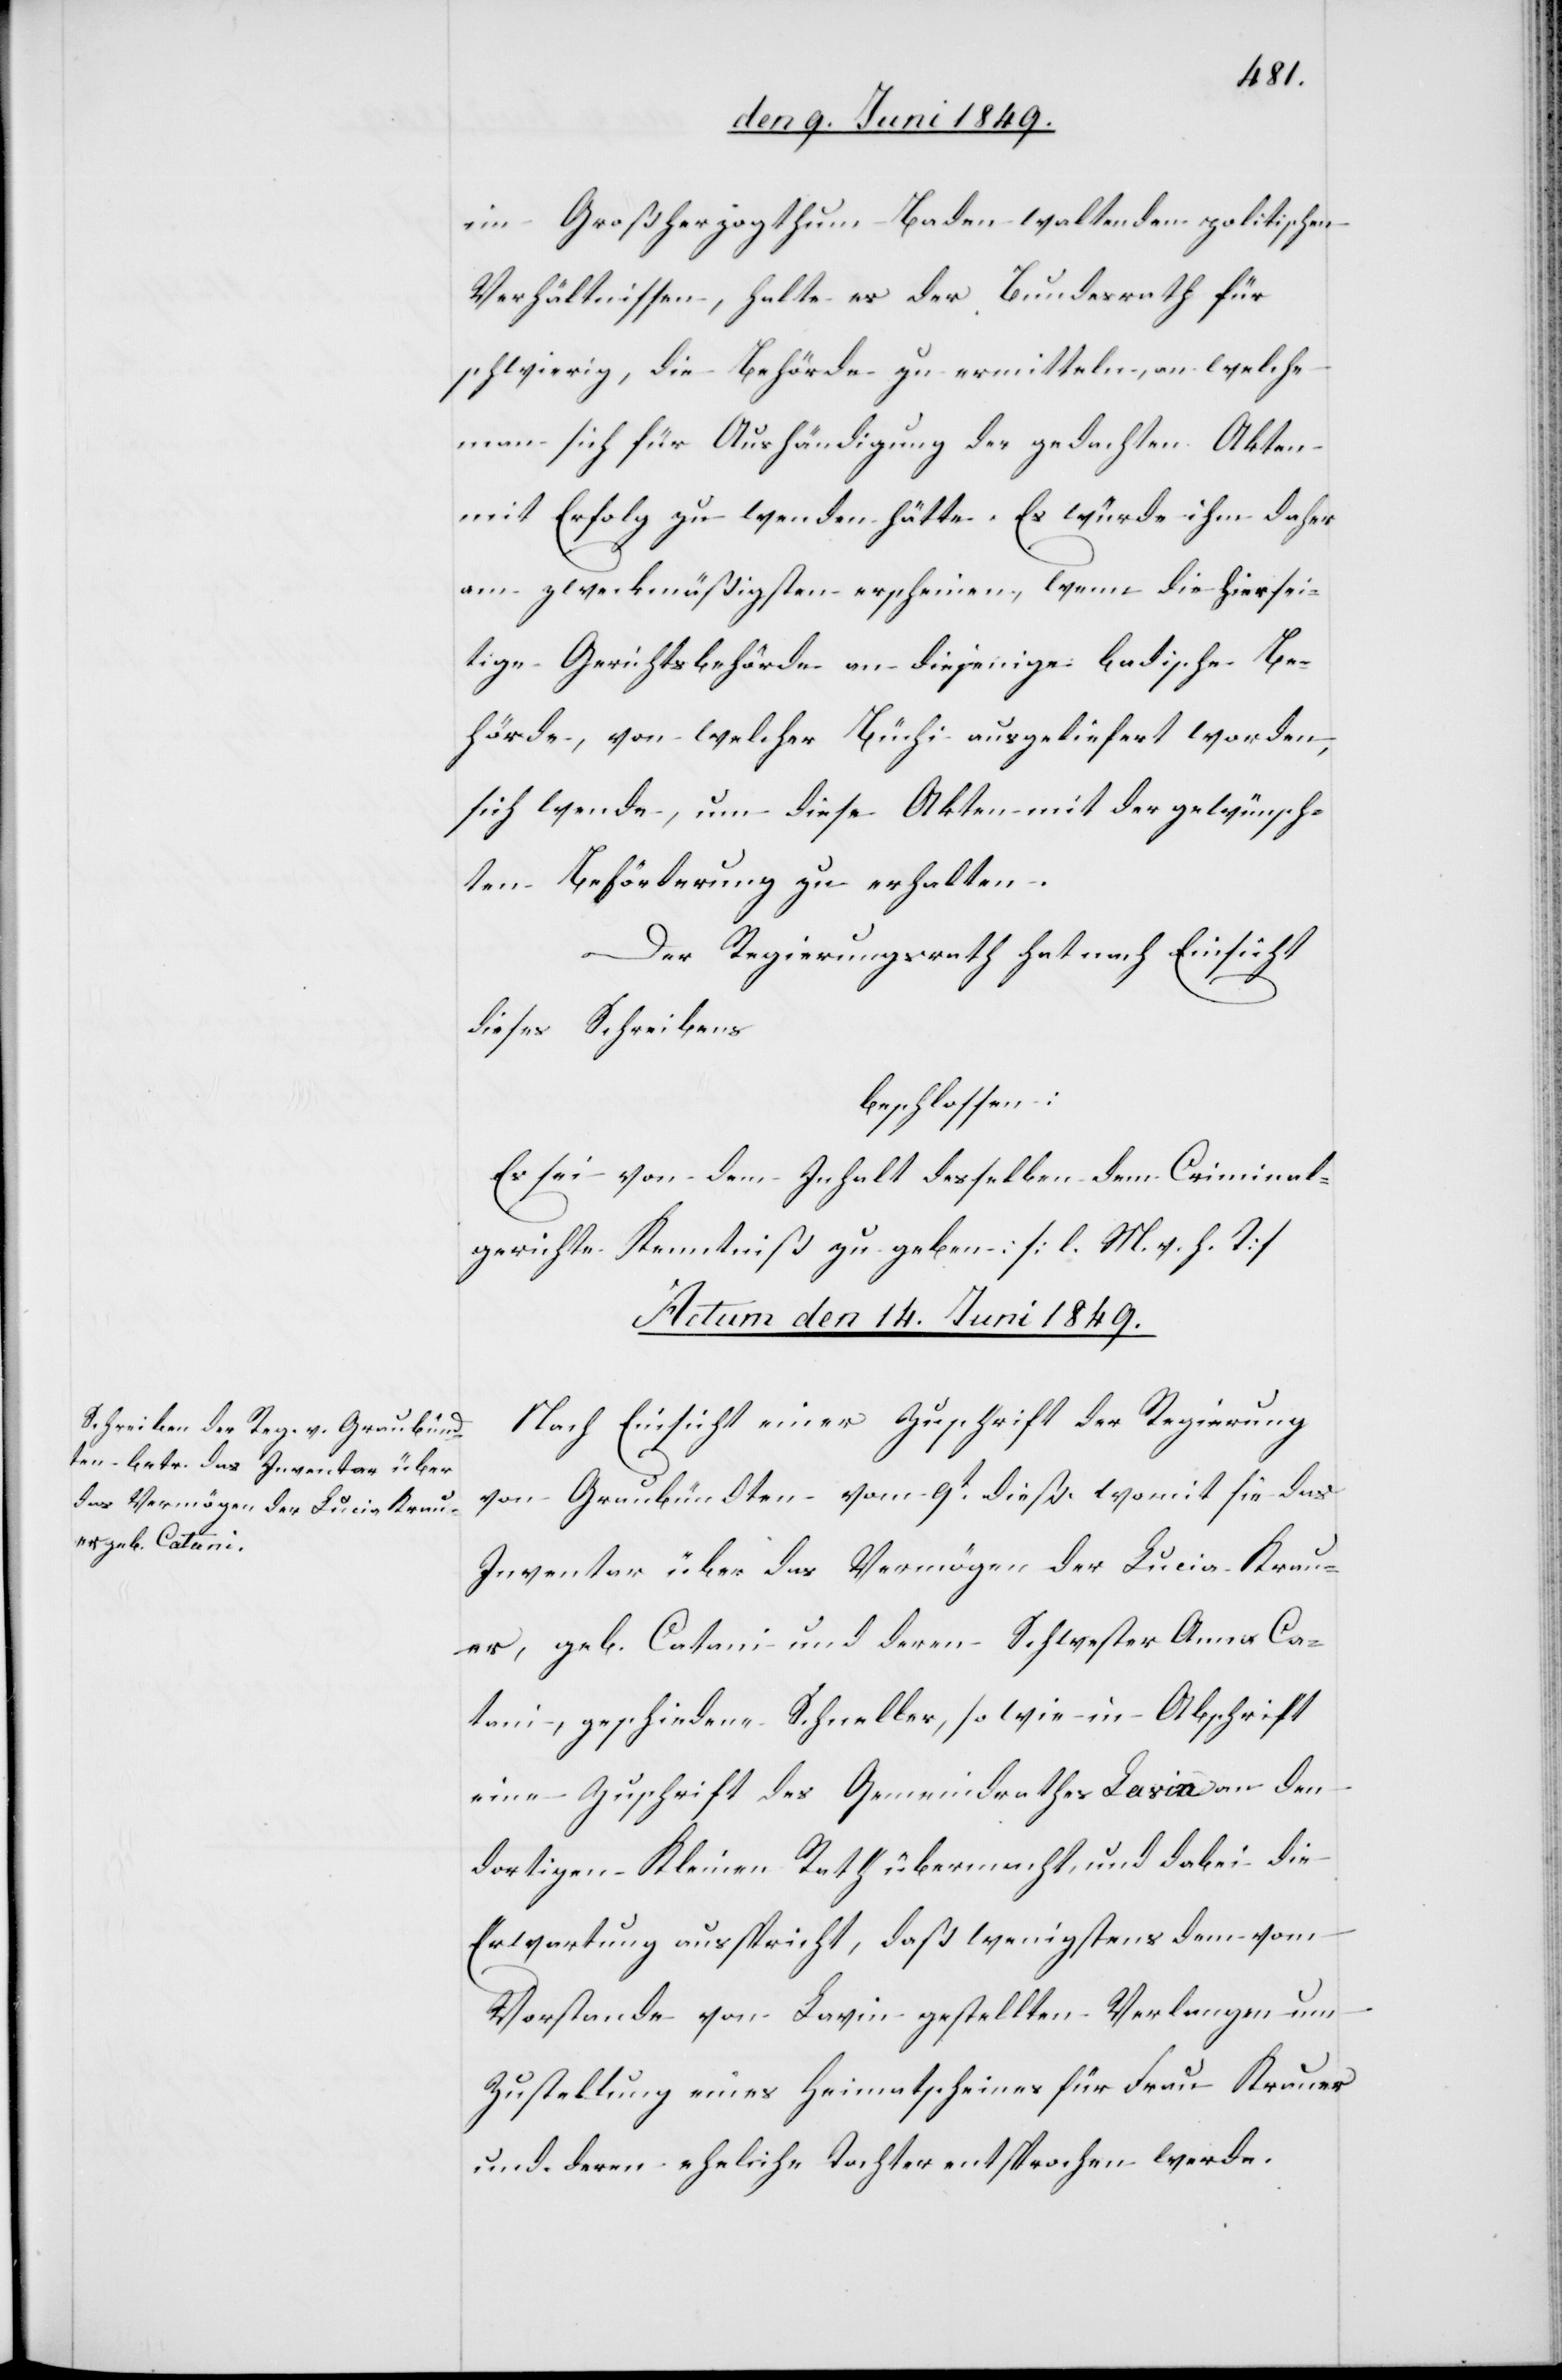
im Großherzogthum Baden waltenden politischen
Verhältnissen, halte es der Bundesrath für
schwierig, die Behörde zu ermitteln, an welche
man sich für Aushändigung der gedachten Akten
mit Erfolg zu wenden hätte. Es würde ihm daher
am zweckmäßigsten erscheinen, wenn die hiersei¬
tige Gerichtsbehörde an diejenige badische Be¬
hörde, von welcher Büchi ausgeliefert worden,
sich wende, um diese Akten mit der gewünsch¬
ten Beförderung zu erhalten.
Der Regierungsrath hat nach Einsicht
dieses Schreibens
beschlossen:
Es sei von dem Inhalt desselben dem Criminal¬
gerichte Kenntniß zu geben [l. M. h. T][.]
Actum den 14. Juni 1849.
Nach Einsicht einer Zuschrift der Regierung
von Graubündten vom 9t dieß womit sie das
Inventar über das Vermögen der Lucia Krau¬
er, geb. Catani und deren Schwester Anna Ca¬
tani, geschiedene Schneller, so wie in Abschrift
eine Zuschrift des Gemeindrathes Lavia an den
dortigen Kleinen Rath übermacht und dabei die
Erwartung ausspricht, daß wenigstens dem vom
Vorstande von Lavin gestellten Verlangen um
Zustellung eines Heimatscheines für Frau Krauer
und deren eheliche Tochter entsprochen werde.